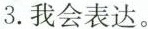
3.我会表达。